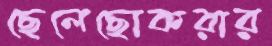
ছেলেছোকরার